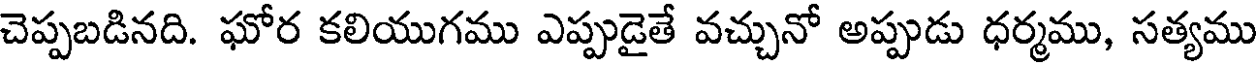
చెప్పబడినది. ఘోర కలియుగము ఎప్పుడైతే వచ్చునో అప్పుడు ధర్మము, సత్యము